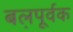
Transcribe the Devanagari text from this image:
बल़पूर्वक